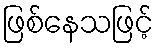
ဖြစ်နေသဖြင့်